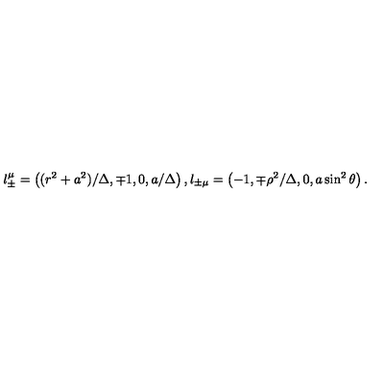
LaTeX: l _ { \pm } ^ { \mu } = \left( ( r ^ { 2 } + a ^ { 2 } ) / \Delta , \mp 1 , 0 , a / \Delta \right) , l _ { \pm \mu } = \left( - 1 , \mp \rho ^ { 2 } / \Delta , 0 , a \sin ^ { 2 } \theta \right) .